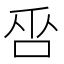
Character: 𠱦